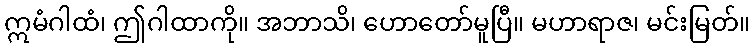
ဣမံဂါထံ၊ ဤဂါထာကို။ အဘာသိ၊ ဟောတော်မူပြီ။ မဟာရာဇ၊ မင်းမြတ်။